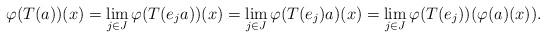
LaTeX: \begin{align*}\varphi(T(a))(x)=\lim_{j\in J} \varphi(T(e_ja))(x)=\lim_{j\in J} \varphi(T(e_j)a)(x)=\lim_{j\in J} \varphi(T(e_j))(\varphi(a)(x)).\end{align*}